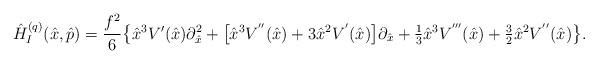
LaTeX: \begin{align*}\hat H^{(q)}_I(\hat x,\hat p)=\frac{f^2}{6}\bigl\{ \hat x^3 V'(\hat x) \partial^2_{\hat x}+ \bigl[\hat x^3 V^{''}(\hat x) +3 \hat x^2 V^{'}(\hat x)\bigr]\partial_{\hat x}+{\textstyle\frac{1}{3}}\hat x^3 V^{'''}(\hat x)+{\textstyle\frac{3}{2}}\hat x^2 V^{''}(\hat x)\bigr\}.\end{align*}